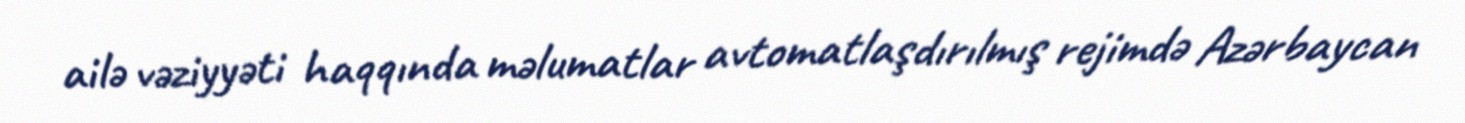
ailə vəziyyəti haqqında məlumatlar avtomatlaşdırılmış rejimdə Azərbaycan